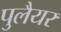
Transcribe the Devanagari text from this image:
पुलैयर